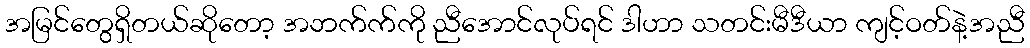
အမြင်တွေရှိတယ်ဆိုတော့ အဘက်က်ကို ညီအောင်လုပ်ရင် ဒါဟာ သတင်းမီဒီယာ ကျင့်ဝတ်နဲ့အညီ